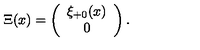
\Xi ( x ) = \left( \begin{array} { c } { \xi _ { + 0 } ( x ) } \\ { 0 } \\ \end{array} \right) .